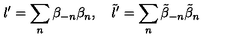
l ^ { \prime } = \sum _ { n } \beta _ { - n } \beta _ { n } , \quad \tilde { l } ^ { \prime } = \sum _ { n } \tilde { \beta } _ { - n } \tilde { \beta } _ { n }